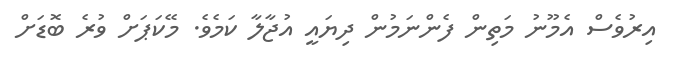
އިރުވެސް އެމޫނު މަތިން ފެންނަމުން ދިޔައީ އުޖާލާ ކަމެވެ. މޭކަޕަށް ވުރެ ބޮޑަށް